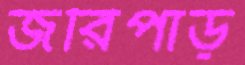
জরিপাড়